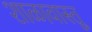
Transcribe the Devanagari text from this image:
शाळावास्तू